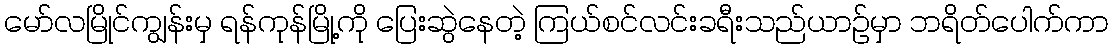
မော်လမြိုင်ကျွန်းမှ ရန်ကုန်မြို့ကို ပြေးဆွဲနေတဲ့ ကြယ်စင်လင်းခရီးသည်ယာဉ်မှာ ဘရိတ်ပေါက်ကာ